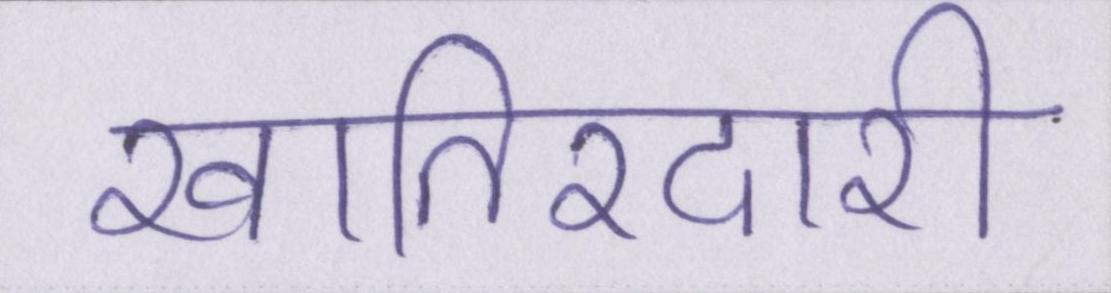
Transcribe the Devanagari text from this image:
खातिरदारी